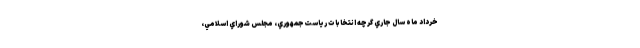
خرداد ماه سال جاري گرچه انتخابات رياست‌جمهوري، مجلس شوراي اسلامي،